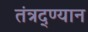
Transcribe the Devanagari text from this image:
तंत्रद्ण्यान